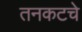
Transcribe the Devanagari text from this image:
तनकटचे